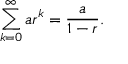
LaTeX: \sum _ { k = 0 } ^ { \infty } a r ^ { k } = { \frac { a } { 1 - r } } .